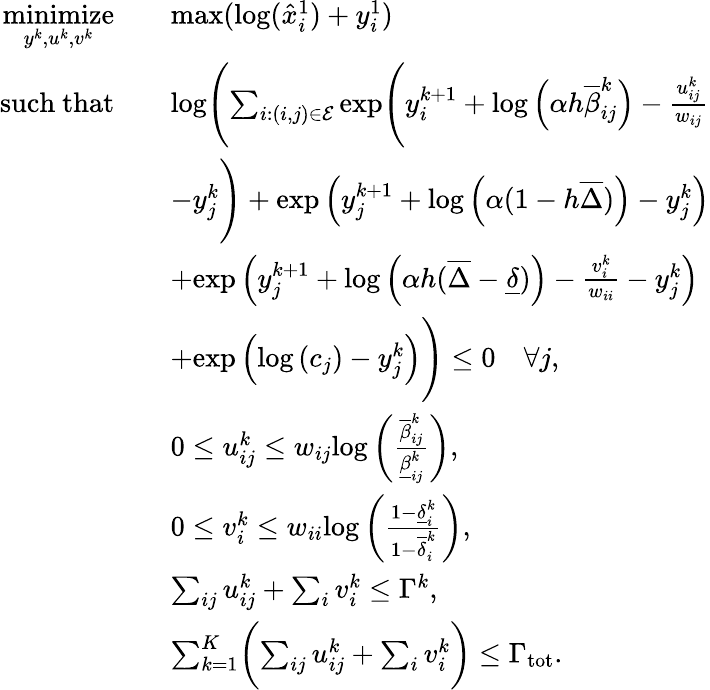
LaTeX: \begin{array}{rl}{\underset{y^{k},u^{k},v^{k}}{\mathrm{minimize}}}&{\quad\mathrm{max}(\mathrm{log}(\hat{x}_{i}^{1})+y_{i}^{1})}\\ {\mathrm{such~that}}&{\quad\mathrm{log}\Biggl(\sum_{i:(i,j)\in\mathcal E}\mathrm{exp}\Biggl(y_{i}^{k+1}+\mathrm{log}\left(\alpha h\overline{{\beta}}_{ij}^{k}\right)-\frac{u_{ij}^{k}}{w_{ij}}}\\ &{\quad-y_{j}^{k}\Biggr)+\mathrm{exp}\left(y_{j}^{k+1}+\mathrm{log}\left(\alpha(1-h\overline{{\Delta}})\right)-y_{j}^{k}\right)}\\ &{\quad+\mathrm{exp}\left(y_{j}^{k+1}+\mathrm{log}\left(\alpha h(\overline{{\Delta}}-\underline{{\delta}})\right)-\frac{v_{i}^{k}}{w_{ii}}-y_{j}^{k}\right)}\\ &{\quad+\mathrm{exp}\left(\mathrm{log}\left(c_{j}\right)-y_{j}^{k}\right)\Biggr)\leq 0\quad\forall j,}\\ &{\quad 0\leq u_{ij}^{k}\leq w_{ij}\mathrm{log}\left(\frac{\overline{{\beta}}_{ij}^{k}}{\underline{{\beta}}_{ij}^{k}}\right),}\\ &{\quad 0\leq v_{i}^{k}\leq w_{ii}\mathrm{log}\left(\frac{1-\underline{{\delta}}_{i}^{k}}{1-\overline{{\delta}}_{i}^{k}}\right),}\\ &{\quad\sum_{ij}u_{ij}^{k}+\sum_{i}v_{i}^{k}\leq\Gamma^{k},}\\ &{\quad\sum_{k=1}^{K}\biggl(\sum_{ij}u_{ij}^{k}+\sum_{i}v_{i}^{k}\biggr)\leq\Gamma_{\mathrm{tot}}.}\end{array}